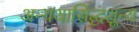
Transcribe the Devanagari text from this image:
अन्यथासिद्धशून्य